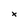
Character: x